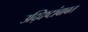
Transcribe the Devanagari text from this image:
उद्दिष्टांबाबत